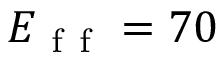
E _ { \mathrm { ~ f ~ f ~ } } = 7 0 \